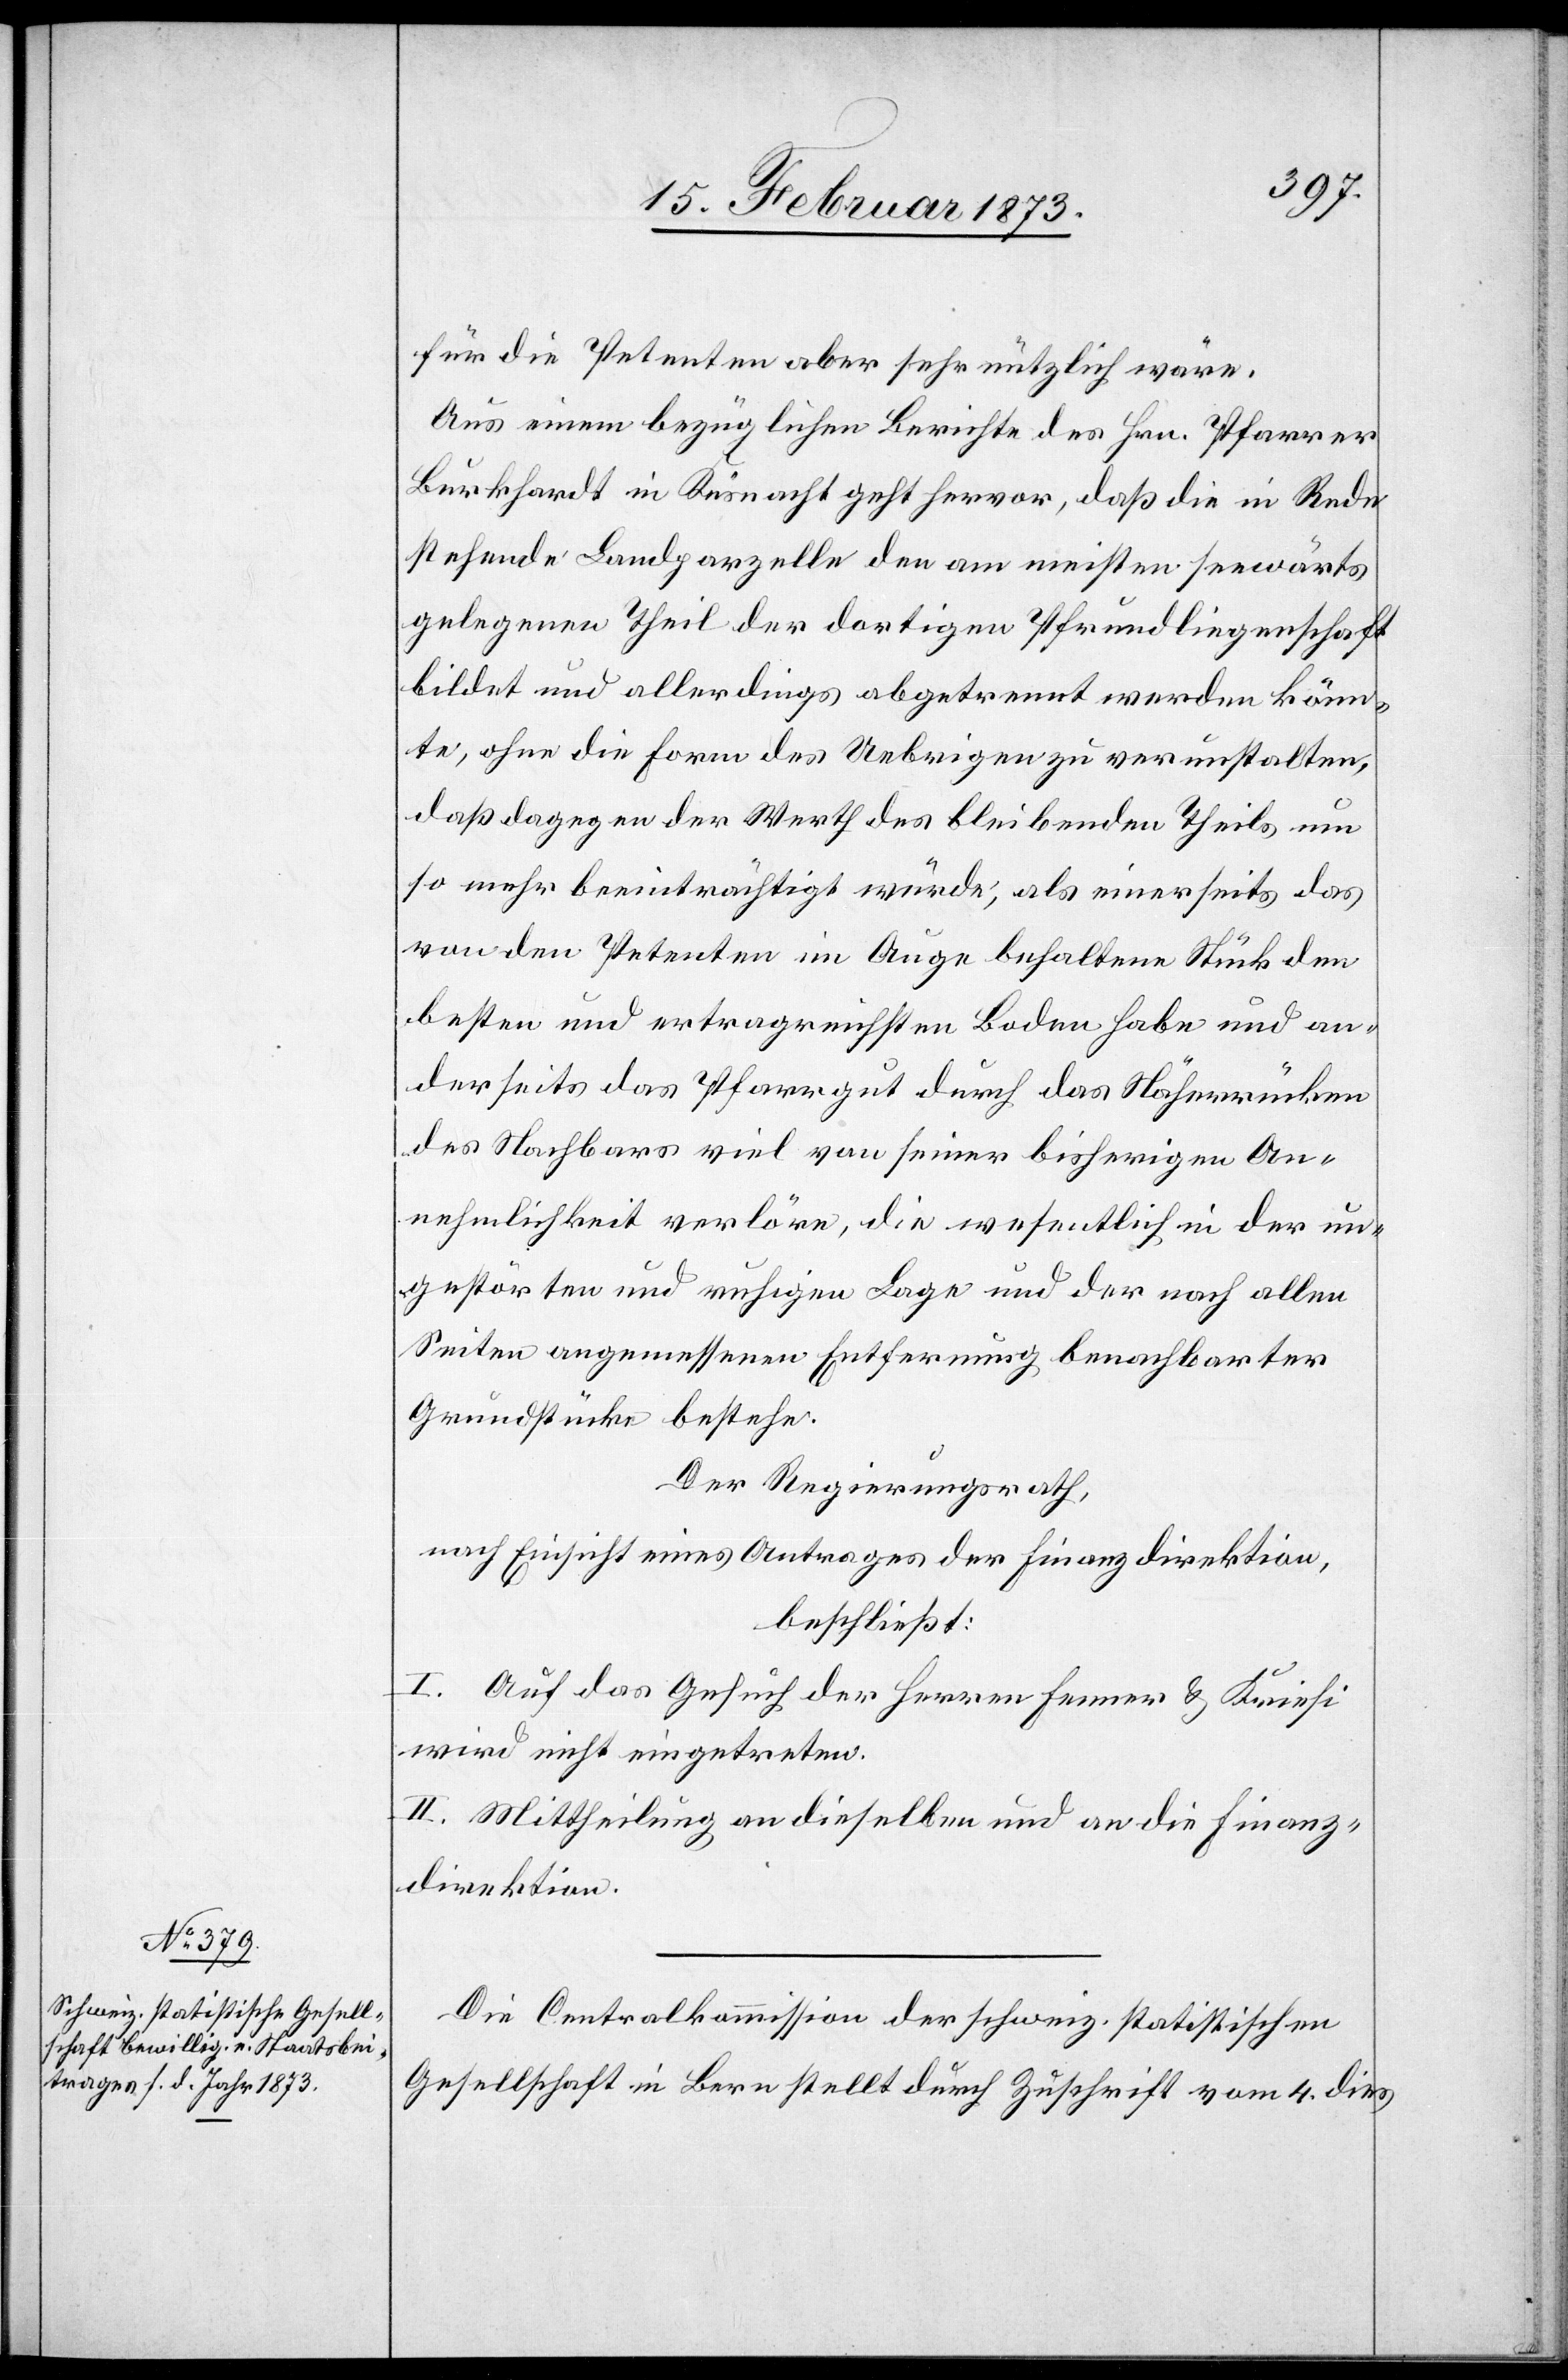
für die Petenten aber sehr nützlich wäre.
Aus einem bezüglichen Berichte des Hrn. Pfarrer
Burkhardt in Küsnacht geht hervor, daß die in Rede
stehende Landparzelle den am meisten seewärts
gelegenen Theil der dortigen Pfrundliegenschaft
bildet und allerdings abgetreten werden könn¬
te, ohne die Farm des Uebrigen zu verunstalten,
daß dagegen der Werth des bleibenden Theils um
so mehr beeinträchtigt würde, als einerseits das
von den Petenten im Auge behaltene Stück dem
besten und ertragreichsten Boden habe und an¬
derseits das Pfarrgut durch das Näherrücken
des Nachbars viel von seiner bisherigen An¬
nehmlichkeit verlöre, die wesentlich in der un¬
gestörten und ruhigen Lage und der nach allen
Seiten angemessenen Entfernung benachbarter
Grundstücke bestehe.
Der Regierungsrath,
nach Einsicht eines Antrages der Finanzdirektion,
beschließt:
I. Auf das Gesuch der Herren Fenner u. Kriesi
wird nicht eingetreten.
II. Mittheilung an dieselben und an die Finanz¬
direktion.
Die Centralkommission der schweiz. statistischen
Gesellschaft in Bern stellt durch Zuschrift vom 4. dies